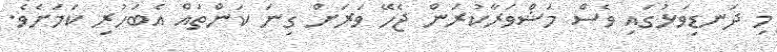
މި ދަނޑިވަޅުގައި ވެސް މަޝްވަރާކުރަން ޖެހޭ ވަރަށް ގިނަ ކަންތައް އެބަހުރި ކަމަށެވެ.